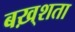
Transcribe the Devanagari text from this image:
बख़्शता